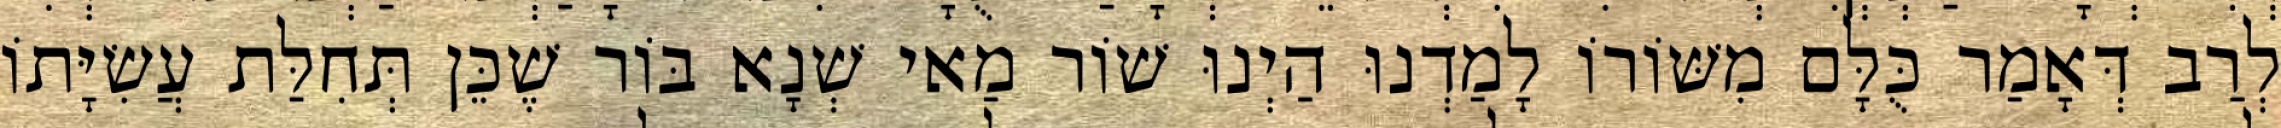
לְרַב דְּאָמַר כֻּלָּם מִשּׁוֹרוֹ לָמַדְנוּ הַיְנוּ שׁוֹר מַאי שְׁנָא בּוֹר שֶׁכֵּן תְּחִלַּת עֲשִׂיָּתוֹ